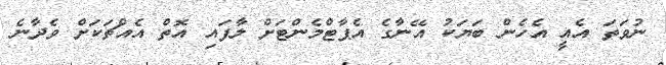
ނުވަތަ އެއީ އެހެން ބަޔަކު އޭނާގެ އެޕާޓްމެންޓަށް ލާފައި އޮތް އެއްޗަކަށް ވެދާނެ